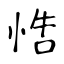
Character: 悎